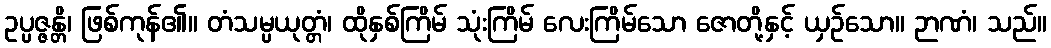
ဥပ္ပဇ္ဇန္တိ၊ ဖြစ်ကုန်၏။ တံသမ္ပယုတ္တံ၊ ထိုနှစ်ကြိမ် သုံးကြိမ် လေးကြိမ်သော ဇောတို့နှင့် ယှဉ်သော။ ဉာဏံ၊ သည်။